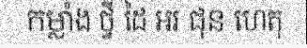
កម្លាំង ថ្វី ដៃ អរ ជុន ហេតុ